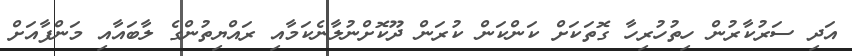
އަދި ސަރުކާރުން ހިތުހުރިހާ ގޮތަކަށް ކަންކަން ކުރަން ދޫކޮށްނުލާނެކަމާއި ރައްޔިތުންގެ ލާބައާއި މަންފާއަށް